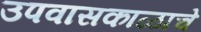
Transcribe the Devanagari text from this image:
उपवासकाळाचे